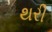
થરી